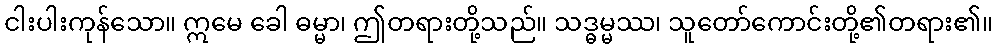
ငါးပါးကုန်သော။ ဣမေ ခေါ ဓမ္မာ၊ ဤတရားတို့သည်။ သဒ္ဓမ္မဿ၊ သူတော်ကောင်းတို့၏တရား၏။